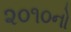
૨૦૧૦નો